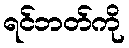
ရင်ဘတ်ကို